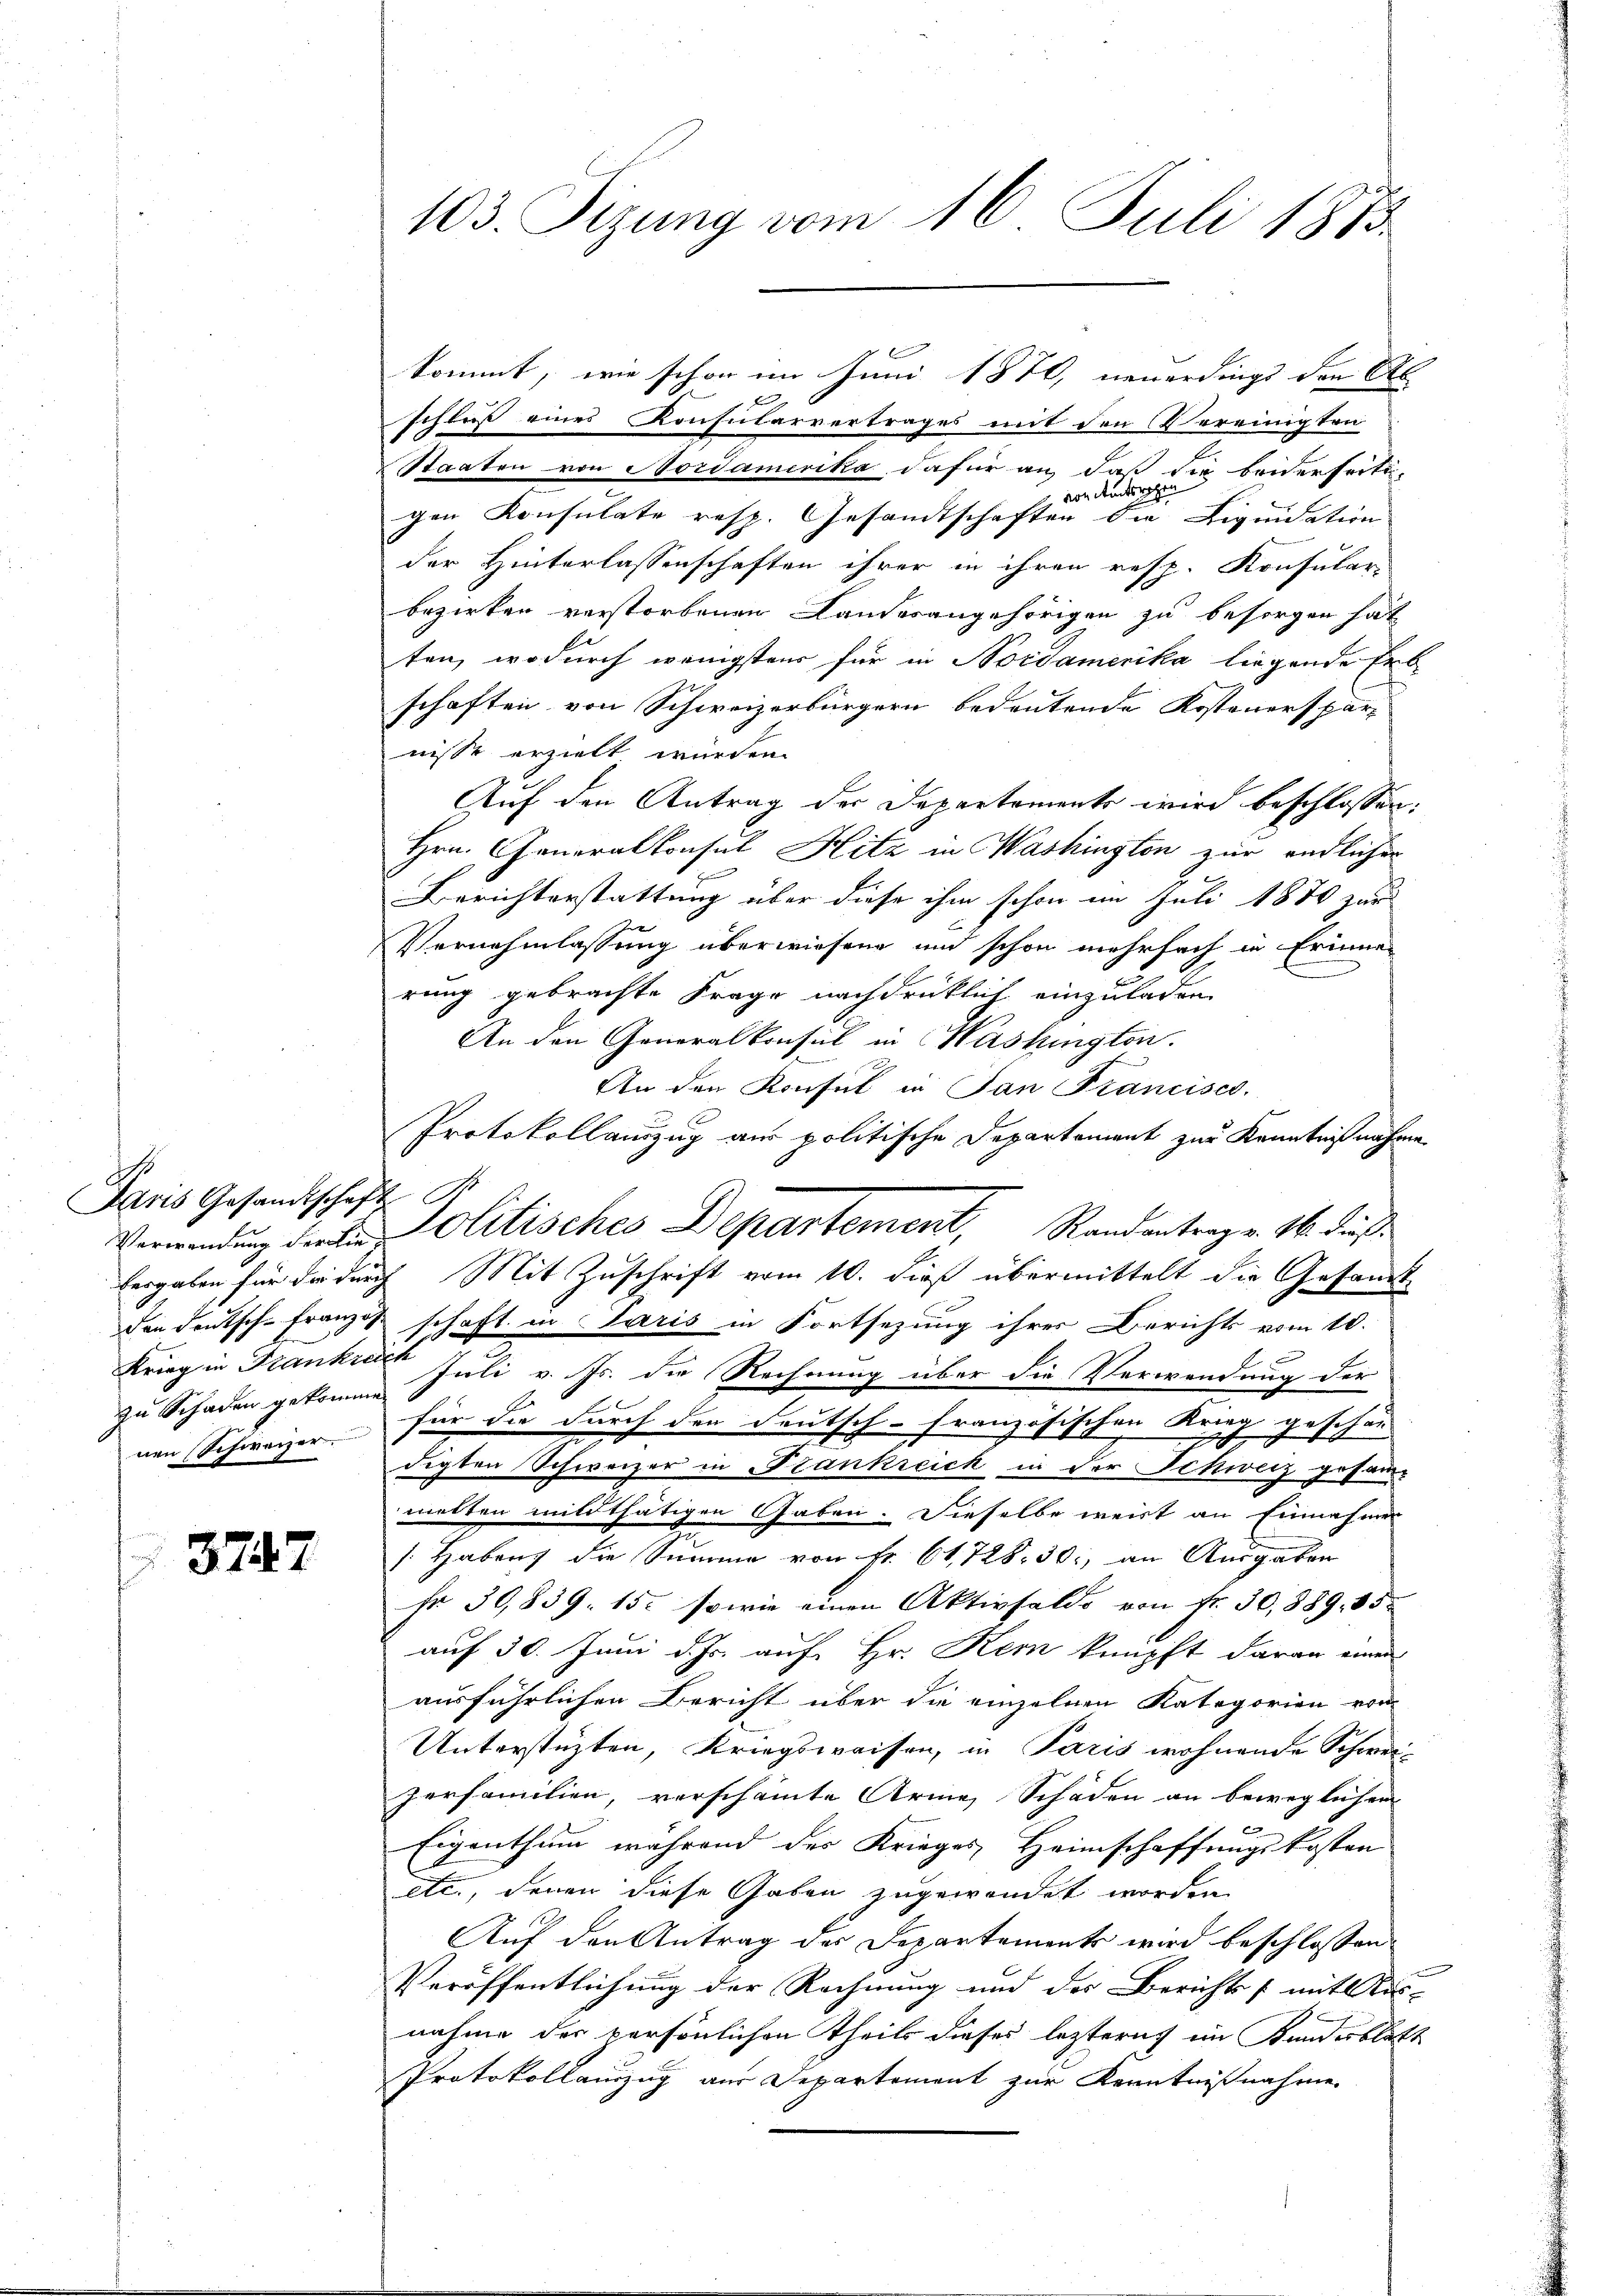
is
Aaris Gesandtschaft I
zu Schaden gekommen

3747

103. Sizung vom 16. Juli 1873.

schluß eines Konsularvertrages mit den Vereinigten
Staaten von Nordamerika, dafür an, daß die beiderseitivon Amtsgehe
gen Konsulate resp. Gesandtschaften die Liquidation
der Hinterlassenschaften ihrer in ihren resp. Konsular-
bezirken verstorbenen Landesangehörigen zu besorgen hat
ten, wodurch wenigstens für in Nordamerika liegende Erb-
schaften von Schweizerbürgern bedeutende Kostenerspar
nisse erzielt würden.
Auf den Antrag der Departements wird beschlossen:
Hrn. Generalkonsul Hitz in Washingten zur endlicher
Berichterstattung über diese ihm schon im Juli 1880 zur
Vernehmlassung überwiesene und schon mehrfach in Erinne-
rung gebrachte Frage nachdrüklich einzuladen.
An den Generalkonsul in Washington.
An den Konsul in San Francises.
Protokollanzug aus politische Departement zur Kenntnißnahme
Verwendung der in olitisches Departement, Randantrag v. 16. dieß
bergaben für dadurch Mit Zuschrift vom 10. dieß übermittelt die Gesandtden Deutsch-Franzoß schaft in Paris in Fortsezung ihrer Berichts vom 10.
Krieg in Frankier Juli v. Js. die Rechnung über die Verwendung der
nen Schweizer – für die durch den Deutsch-Französischen Krieg geschon
digten Schweizer in zankreich in der Schweiz gesam-
melten mildthätigen Gaben. Dieselbe weist an Einnahmen
: Haben die Summe von Fr. 61, 728. 30, an Ausgaben
Fr. 30,839. 15. sowie einen Aktivsaldo von Nr. 30, 889. 85.
auf 30. Juni d. Js. auf Hr. Kem knüpft daran einer
ausführlichen Bericht über die einzelnen Kategorien von
Unterstüzten, Kriegsweisen, in Paris wohnende Schwei-
zerfamilien, verschämte Arme, Schäden an beweglichen
f
Eigenthum während der Krieges Heimschaffungskosten
etc., denen diese Gaben zugewendet worden
Auf den Antrag der Departements wird beschlossen
Veröffentlichung der Rechnung und der Berichts mit Aus-
nahme der persönlichen Theils dieses leztern im Kundesblatt
Protokollanzug aus Departement zur Kenntnißnahme.

kommt, wie schon im Juni 1870, neuerdings den Ab